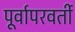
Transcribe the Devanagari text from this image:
पूर्वापरवर्ती